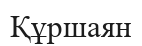
Құршаян